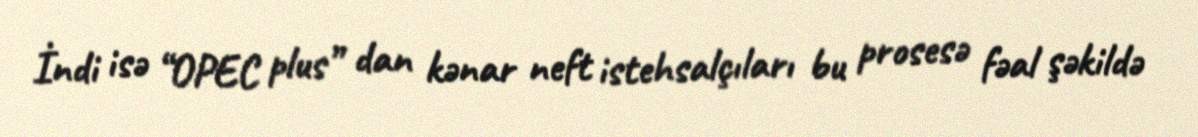
İndi isə “OPEC plus” dan kənar neft istehsalçıları bu prosesə fəal şəkildə